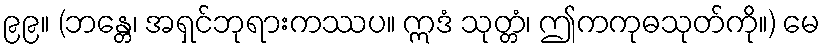
၉၉။ (ဘန္တေ၊ အရှင်ဘုရားကဿပ။ ဣဒံ သုတ္တံ၊ ဤကကုဓသုတ်ကို။) မေ